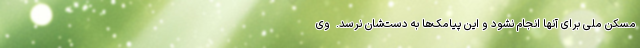
مسکن ملی برای آنها انجام نشود و این پیامک‌ها به دست‌شان نرسد. ‌ وی